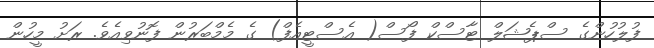
ފުލުހުންގެ ސްޕެޝަލް ޓާސްކް ފޯސް( އެސްޓީއެފް) ގެ މެމްބަރުން ފޮނުވިއެވެ. ރަށު މީހުން